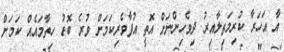
އާ އަހަރާ ކުރިމަތިލާއިރު ދިވެހިންނަށް އޮތީ އުފާވެރިކަމަށް ވުރެ ބޮޑު ހިތާމައެއް ކަމަށް